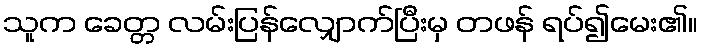
သူက ခေတ္တ လမ်းပြန်လျှောက်ပြီးမှ တဖန် ရပ်၍မေး၏။